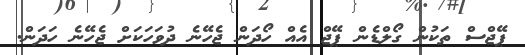
ޕޭޖްސް ތަކުން ގޯލްޑެން ޕޭޖް އެއް ހޯދަން ޖެހޭނެ ދުވަހަކަށް ޖެހޭނެ ހަދަން.